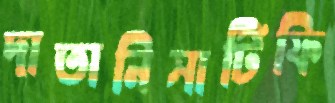
দাতানিসার্টিফি